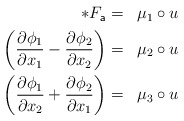
\begin{align*}\begin{aligned} \ast F_{\mathsf{a}} & = & \mu_{1}\circ u\\ \left(\frac{\partial \phi_{1}}{\partial x_{1}} - \frac{\partial \phi_{2}}{\partial x_{2}}\right) & = & \mu_{2}\circ u\\ \left(\frac{\partial \phi_{1}}{\partial x_{2}} + \frac{\partial \phi_{2}}{\partial x_{1}}\right) & = & \mu_{3}\circ u\end{aligned}\end{align*}